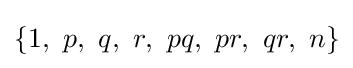
\left\{1,\ p,\ q,\ r,\ pq,\ pr,\ qr,\ n\right\}